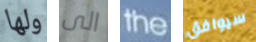
ولها الى the سيوافق